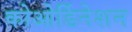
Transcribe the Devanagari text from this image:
कोओर्डिनेशन